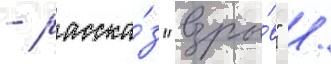
- расска́з "взры́в" /